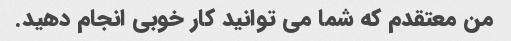
من معتقدم که شما می توانید کار خوبی انجام دهید.